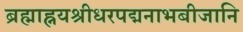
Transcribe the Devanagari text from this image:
ब्रह्माह्नयश्रीधरपद्मनाभबीजानि